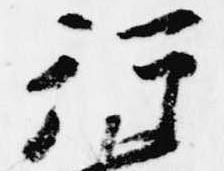
行